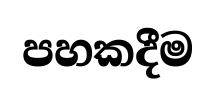
පහකදීම